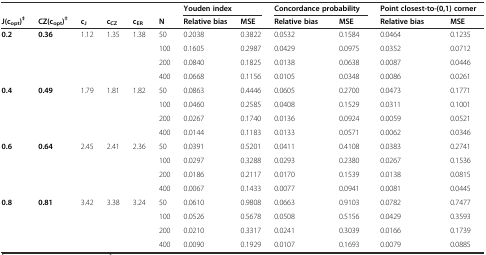
<table><thead><tr><td colspan="6"></td><td colspan="2"><b>Youden index</b></td><td colspan="2"><b>Concordance probability</b></td><td colspan="2"><b>Point closest-to-(0,1) corner</b></td></tr><tr><td><b>J(c<sub>opt</sub>)<sup>‡</sup></b></td><td><b>CZ(c<sub>opt</sub>)<sup>‡</sup></b></td><td><b>c<sub>J</sub></b></td><td><b>c<sub>CZ</sub></b></td><td><b>c<sub>ER</sub></b></td><td><b>N</b></td><td><b>Relative bias</b></td><td><b>MSE</b></td><td><b>Relative bias</b></td><td><b>MSE</b></td><td><b>Relative bias</b></td><td><b>MSE</b></td></tr></thead><tbody><tr><td><b>0.2</b></td><td><b>0.36</b></td><td>1.12</td><td>1.35</td><td>1.38</td><td>50</td><td>0.2038</td><td>0.3822</td><td>0.0532</td><td>0.1584</td><td>0.0464</td><td>0.1235</td></tr><tr><td></td><td></td><td></td><td></td><td></td><td>100</td><td>0.1605</td><td>0.2987</td><td>0.0429</td><td>0.0975</td><td>0.0352</td><td>0.0712</td></tr><tr><td></td><td></td><td></td><td></td><td></td><td>200</td><td>0.0840</td><td>0.1825</td><td>0.0138</td><td>0.0638</td><td>0.0087</td><td>0.0446</td></tr><tr><td></td><td></td><td></td><td></td><td></td><td>400</td><td>0.0668</td><td>0.1156</td><td>0.0105</td><td>0.0348</td><td>0.0086</td><td>0.0261</td></tr><tr><td><b>0.4</b></td><td><b>0.49</b></td><td>1.79</td><td>1.81</td><td>1.82</td><td>50</td><td>0.0863</td><td>0.4446</td><td>0.0605</td><td>0.2700</td><td>0.0473</td><td>0.1771</td></tr><tr><td></td><td></td><td></td><td></td><td></td><td>100</td><td>0.0460</td><td>0.2585</td><td>0.0408</td><td>0.1529</td><td>0.0311</td><td>0.1001</td></tr><tr><td></td><td></td><td></td><td></td><td></td><td>200</td><td>0.0267</td><td>0.1740</td><td>0.0136</td><td>0.0924</td><td>0.0059</td><td>0.0521</td></tr><tr><td></td><td></td><td></td><td></td><td></td><td>400</td><td>0.0144</td><td>0.1183</td><td>0.0133</td><td>0.0571</td><td>0.0062</td><td>0.0346</td></tr><tr><td><b>0.6</b></td><td><b>0.64</b></td><td>2.45</td><td>2.41</td><td>2.36</td><td>50</td><td>0.0391</td><td>0.5201</td><td>0.0411</td><td>0.4108</td><td>0.0383</td><td>0.2741</td></tr><tr><td></td><td></td><td></td><td></td><td></td><td>100</td><td>0.0297</td><td>0.3288</td><td>0.0293</td><td>0.2380</td><td>0.0267</td><td>0.1536</td></tr><tr><td></td><td></td><td></td><td></td><td></td><td>200</td><td>0.0186</td><td>0.2117</td><td>0.0170</td><td>0.1539</td><td>0.0138</td><td>0.0815</td></tr><tr><td></td><td></td><td></td><td></td><td></td><td>400</td><td>0.0067</td><td>0.1433</td><td>0.0077</td><td>0.0941</td><td>0.0081</td><td>0.0445</td></tr><tr><td><b>0.8</b></td><td><b>0.81</b></td><td>3.42</td><td>3.38</td><td>3.24</td><td>50</td><td>0.0610</td><td>0.9808</td><td>0.0663</td><td>0.9103</td><td>0.0782</td><td>0.7477</td></tr><tr><td></td><td></td><td></td><td></td><td></td><td>100</td><td>0.0526</td><td>0.5678</td><td>0.0508</td><td>0.5156</td><td>0.0429</td><td>0.3593</td></tr><tr><td></td><td></td><td></td><td></td><td></td><td>200</td><td>0.0210</td><td>0.3317</td><td>0.0241</td><td>0.3039</td><td>0.0166</td><td>0.1739</td></tr><tr><td></td><td></td><td></td><td></td><td></td><td>400</td><td>0.0090</td><td>0.1929</td><td>0.0107</td><td>0.1693</td><td>0.0079</td><td>0.0885</td></tr></tbody></table>